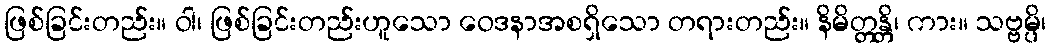
ဖြစ်ခြင်းတည်း။ ဝါ၊ ဖြစ်ခြင်းတည်းဟူသော ဝေဒနာအစရှိသော တရားတည်း။ နိမိတ္တန္တိ၊ ကား။ သဗ္ဗမ္ပိ၊